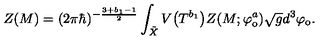
Z ( M ) = ( 2 \pi \hbar ) ^ { - \frac { 3 + b _ { 1 } - 1 } { 2 } } \int _ { \tilde { X } } V \big ( T ^ { b _ { 1 } } \big ) Z ( M ; \varphi _ { \mathrm { o } } ^ { a } ) \sqrt { g } d ^ { 3 } \varphi _ { \mathrm { o } } .